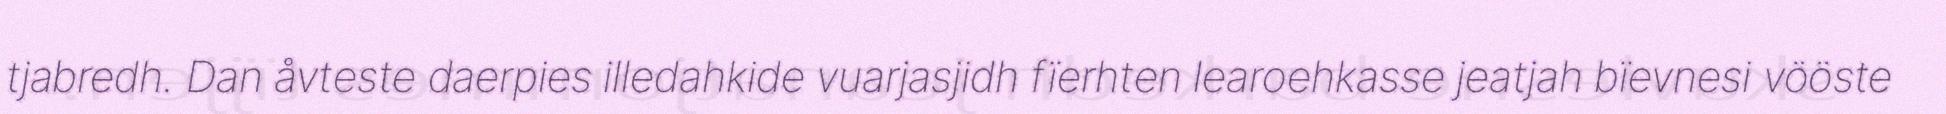
tjabredh. Dan åvteste daerpies illedahkide vuarjasjidh fïerhten learoehkasse jeatjah bïevnesi vööste